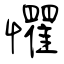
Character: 懼